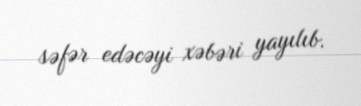
səfər edəcəyi xəbəri yayılıb.